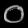
Digit: ၀